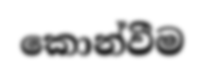
කොන්වීම